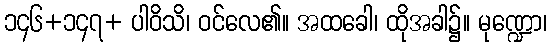
၁၄၆+၁၄၇+ ပါဝိသိ၊ ဝင်လေ၏။ အထခေါ၊ ထိုအခါ၌။ မုဏ္ဍော၊